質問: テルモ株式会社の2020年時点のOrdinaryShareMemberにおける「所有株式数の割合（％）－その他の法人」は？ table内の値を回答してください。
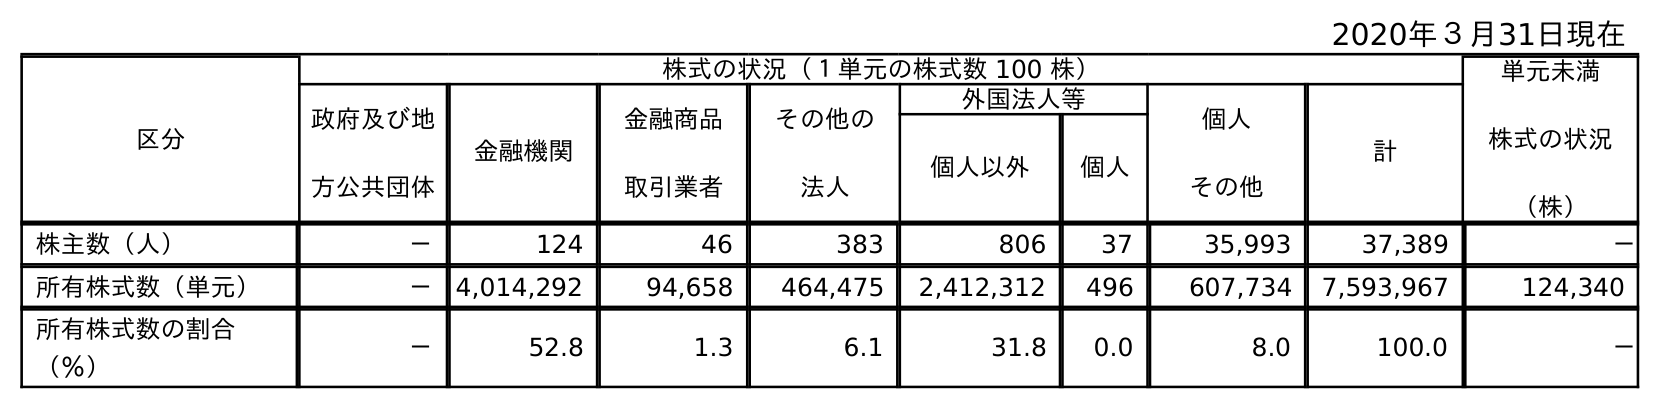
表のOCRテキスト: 2020年３月31日現在 区分 株式の状況（１単元の株式数 100 株） 単元未満 株式の状況 （株） 政府及び地 方公共団体 金融機関 金融商品 取引業者 その他の 法人 外国法人等 個人 その他 計 個人以外 個人 株主数（人） － 124 46 383 806 37 35,993 37,389 － 所有株式数（単元） － 4,014,292 94,658 464,475 2,412,312 496 607,734 7,593,967 124,340 所有株式数の割合 （％） － 52.8 1.3 6.1 31.8 0.0 8.0 100.0 －
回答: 6.1